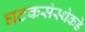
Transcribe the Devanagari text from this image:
घटकसंस्थेकडे